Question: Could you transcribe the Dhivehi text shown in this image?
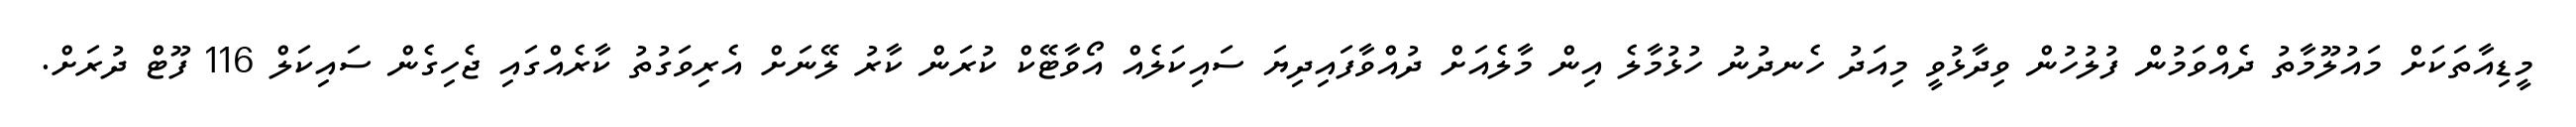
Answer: މީޑިއާތަކަށް މައުލޫމާތު ދެއްވަމުން ފުލުހުން ވިދާޅުވީ މިއަދު ހެނދުނު ހުޅުމާލެ އިން މާލެއަށް ދުއްވާފައިދިޔަ ސައިކަލެއް އޯވާޓޭކް ކުރަން ކާރު ލޭނަށް އެރިވަގުތު ކާރެއްގައި ޖެހިގެން ސައިކަލް 116 ފޫޓް ދުރަށް.